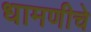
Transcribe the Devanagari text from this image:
धामणीचे